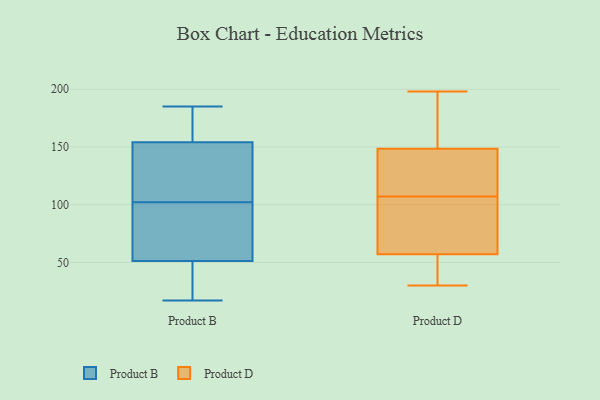
{"axis": {"x": "Latency (ms)", "y": "Value"}, "legend": ["Product B", "Product D"], "data": [{"x": "", "y": 102, "type": "Product B"}, {"x": "", "y": 31, "type": "Product B"}, {"x": "", "y": 161, "type": "Product B"}, {"x": "", "y": 167, "type": "Product B"}, {"x": "", "y": 17, "type": "Product B"}, {"x": "", "y": 109, "type": "Product B"}, {"x": "", "y": 51, "type": "Product B"}, {"x": "", "y": 185, "type": "Product B"}, {"x": "", "y": 52, "type": "Product B"}, {"x": "", "y": 117, "type": "Product B"}, {"x": "", "y": 41, "type": "Product B"}, {"x": "", "y": 97, "type": "Product B"}, {"x": "", "y": 133, "type": "Product B"}, {"x": "", "y": 163, "type": "Product B"}, {"x": "", "y": 61, "type": "Product B"}, {"x": "", "y": 155, "type": "Product D"}, {"x": "", "y": 52, "type": "Product D"}, {"x": "", "y": 198, "type": "Product D"}, {"x": "", "y": 74, "type": "Product D"}, {"x": "", "y": 112, "type": "Product D"}, {"x": "", "y": 30, "type": "Product D"}, {"x": "", "y": 121, "type": "Product D"}, {"x": "", "y": 142, "type": "Product D"}, {"x": "", "y": 102, "type": "Product D"}, {"x": "", "y": 188, "type": "Product D"}, {"x": "", "y": 33, "type": "Product D"}, {"x": "", "y": 36, "type": "Product D"}, {"x": "", "y": 62, "type": "Product D"}, {"x": "", "y": 72, "type": "Product D"}, {"x": "", "y": 169, "type": "Product D"}, {"x": "", "y": 135, "type": "Product D"}]}